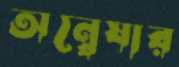
অন্বেষার